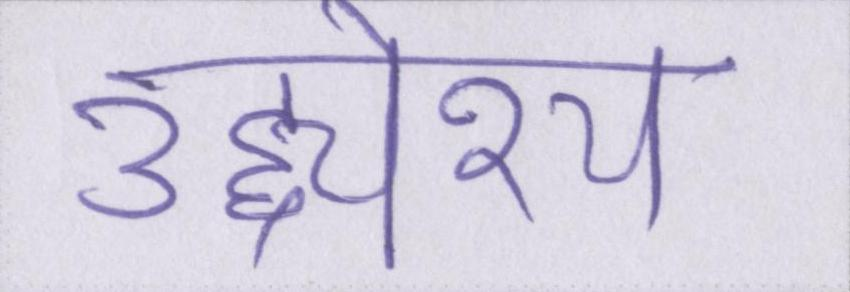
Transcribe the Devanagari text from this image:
उद्द्येश्य